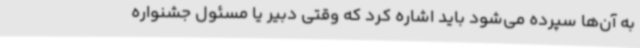
به آن‌ها سپرده می‌شود باید اشاره کرد که وقتی دبیر یا مسئول جشنواره